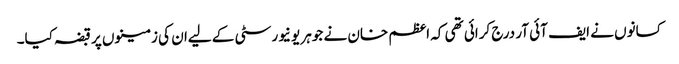
کسانوں نے ایف آئی آر درج کرائی تھی کہ اعظم خان نے جوہر یونیورسٹی کے لیےان کی زمینوں پر قبضہ کیا۔